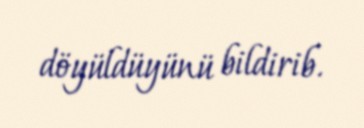
döyüldüyünü bildirib.